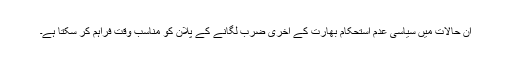
ان حالات میں سیاسی عدم استحکام بھارت کے آخری ضرب لگانے کے پلان کو مناسب وقت فراہم کر سکتا ہے۔